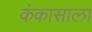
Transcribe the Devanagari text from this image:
कंकासाला